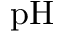
\mathrm { p H }